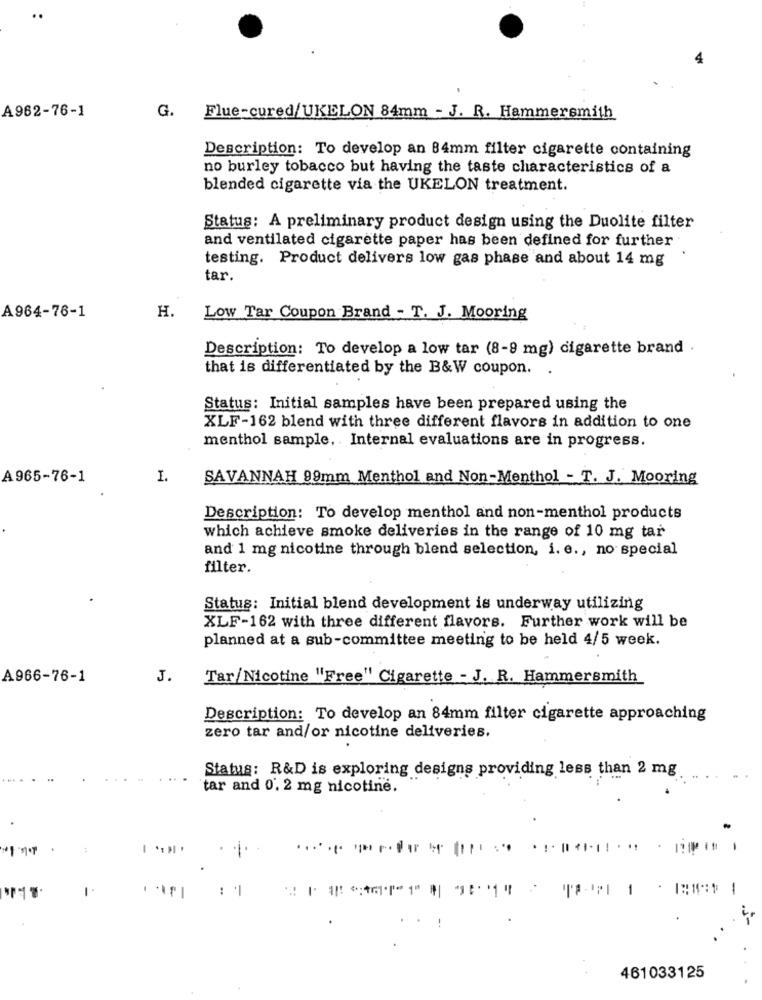
4
A962-76-1
G.
Flue-cured/UKELON 84mm - J. R. Hammersmith
Description: To develop an 84mm filter cigarette containing
no burley tobacco but having the taste characteristics of a
blended cigarette via the UKELON treatment.
Status: A preliminary product design using the Duolite filter
and ventilated cigarette paper has been defined for further
testing. Product delivers low gas phase and about 14 mg
tar.
H.
A964-76-1
Low Tar Coupon Brand - T. J. Mooring
Description: To develop a low tar (8-9 mg) cigarette brand .
that is differentiated by the B&W coupon. .
Status: Initial samples have been prepared using the
XLF-162 blend with three different flavors in addition to one
menthol sample, Internal evaluations are in progress.
A 965-76-1
I.
SAVANNAH 99mm Menthol and Non-Menthol - T. J. Mooring
Description: To develop menthol and non-menthol products
which achieve smoke deliveries in the range of 10 mg tar
and 1 mg nicotine through blend selection, i. e ., no special
filter.
Status: Initial blend development is underway utilizing
XLF-162 with three different flavors. Further work will be
planned at a sub-committee meeting to be held 4/5 week.
A966-76-1
J.
Tar/Nicotine "Free" Cigarette - J. R. Hammersmith
Description: To develop an 84mm filter cigarette approaching
zero tar and/or nicotine deliveries.
Status: R&D is exploring designs providing less than 2 mg
tar and 0. 2 mg nicotine.
1 ...
-
. !
461033125